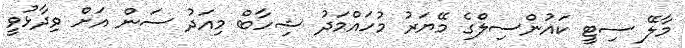
މާލޭ ސިޓީ ކައުންސިލްގެ މޭޔަރު މުހައްމަދު ޝިހާބް މިއަދު ސަން އަށް ވިދާޅުވީ